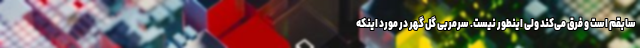
سابقم است و فرق می‌کند ولی اینطور نیست. سرمربی گل گهر در مورد اینکه